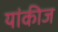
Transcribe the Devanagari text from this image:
यांकीज